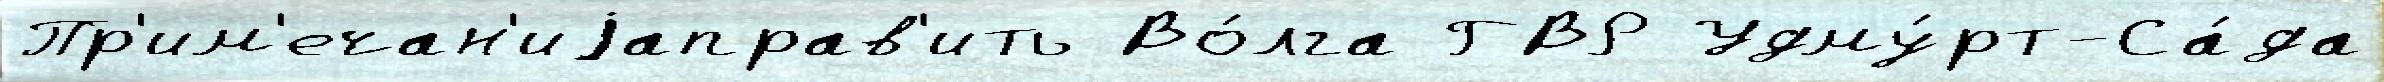
Пр'им'ечан'иjаправ'ить Во́лга ГВР Удму́рт-Са́да